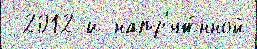
 2012 и напр'яж́нной